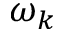
\omega _ { k }